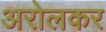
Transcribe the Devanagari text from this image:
अरोलकर